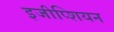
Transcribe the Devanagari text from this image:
इजीप्शियन